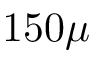
1 5 0 \mu